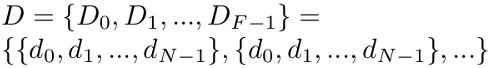
\[
D = \{D_0, D_1, \ldots, D_{F - 1}\} = \{\{d_0, d_1, \ldots, d_{N - 1}\}, \{d_0, d_1, \ldots, d_{N - 1}\}, \ldots\}
\]